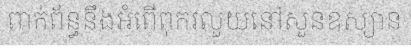
ពាក់ព័ន្ធនឹងអំពើពុករលួយនៅសួនឧស្យាន